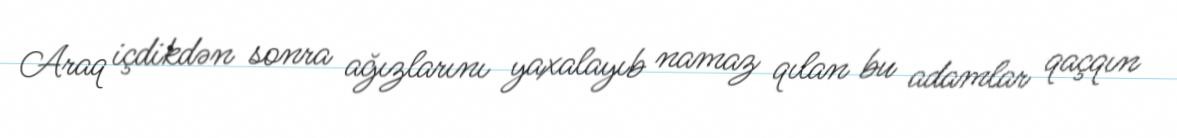
Araq içdikdən sonra ağızlarını yaxalayıb namaz qılan bu adamlar qaçqın